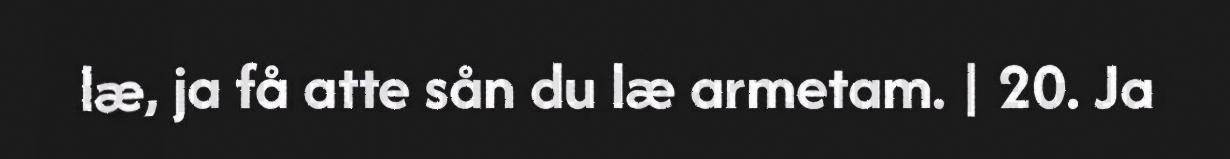
læ, ja få atte sån du læ armetam. | 20. Ja